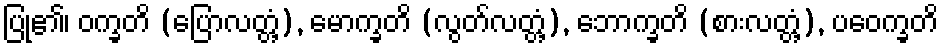
ပြု၏၊ ဝက္ခတိ (ပြောလတ္တံ့), မောက္ခတိ (လွတ်လတ္တံ့), ဘောက္ခတိ (စားလတ္တံ့), ပဝေက္ခတိ